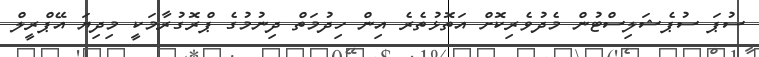
ސުޕަ ސުޕެޝަލިސްޓުން މެދުވެރިކޮށް އަތޮޅުތެރެ އިން ހިދުމަތް ދިނުމުގެ ޕްރޮގުރާމަކީ މިދިޔަ އޭޕްރީލް